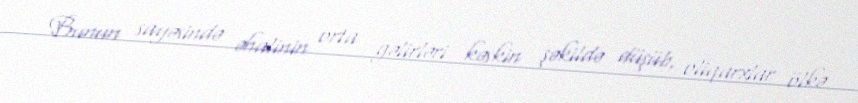
Bunun sayəsində əhalinin orta gəlirləri kəskin şəkildə düşüb, oliqarxlar ölkə